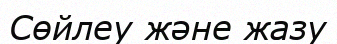
Сөйлеу және жазу